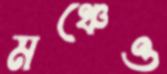
মঞ্চেও